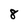
Character: 8